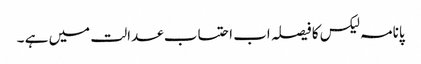
پانامہ لیکس کا فیصلہ اب احتساب عدالت میں ہے ۔